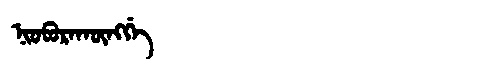
Manchu: ᠨᡳᠣᠪᠣᡵᠠᡴᡡᠩᡤᡝ
Romanization: NIOBORAKŪNGGE